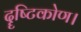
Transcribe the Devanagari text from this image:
दॄष्‍टिकोण।